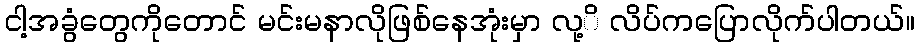
ငါ့အခွံတွေကိုတောင် မင်းမနာလိုဖြစ်နေအုံးမှာ လု့ိ လိပ်ကပြောလိုက်ပါတယ်။